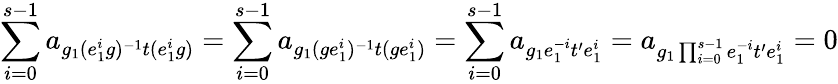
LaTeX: \sum_{i=0}^{s-1}a_{g_{1}(e_{1}^{i}g)^{-1}t(e_{1}^{i}g)}=\sum_{i=0}^{s-1}a_{g_{1}(ge_{1}^{i})^{-1}t(ge_{1}^{i})}=\sum_{i=0}^{s-1}a_{g_{1}e_{1}^{-i}t^{\prime}e_{1}^{i}}=a_{g_{1}\prod_{i=0}^{s-1}e_{1}^{-i}t^{\prime}e_{1}^{i}}=0